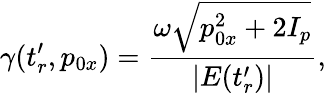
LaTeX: \gamma(t_{r}^{\prime},p_{0x})=\frac{\omega\sqrt{p_{0x}^{2}+2I_{p}}}{|E(t_{r}^{\prime})|},